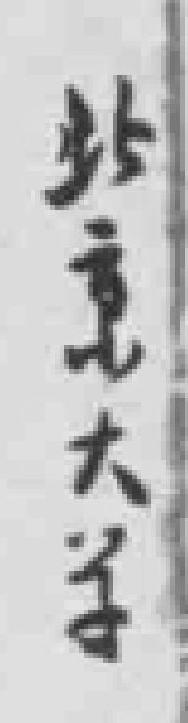
北京大学